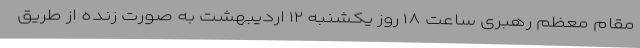
مقام معظم رهبری ساعت ۱۸ روز یکشنبه ۱۲ اردیبهشت به صورت زنده از طریق